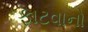
ફાટવાનો